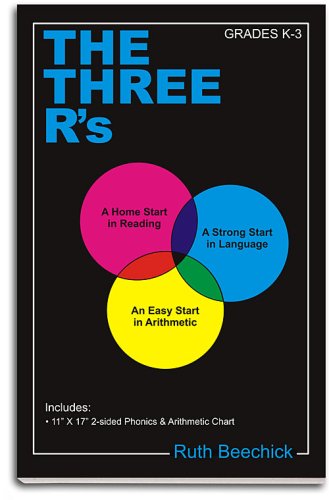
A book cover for The Three R's; Ruth Beechick; Test Preparation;